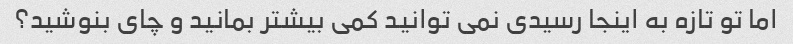
اما تو تازه به اینجا رسیدی نمی توانید کمی بیشتر بمانید و چای بنوشید؟